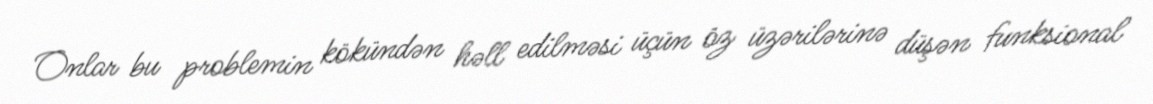
Onlar bu problemin kökündən həll edilməsi üçün öz üzərilərinə düşən funksional